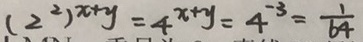
( 2 ^ { 2 } ) ^ { x + y } = 4 ^ { x + y } = 4 ^ { - 3 } = \frac { 1 } { 6 4 }